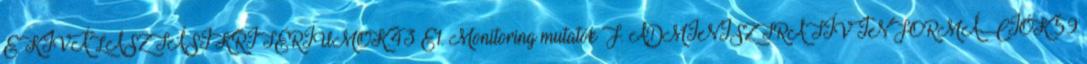
E. KIVÁLASZTÁSI KRITÉRIUMOK.43 E1. Monitoring mutatók F. ADMINISZTRATÍV INFORMÁCIÓK.59